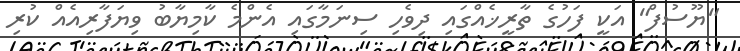
"ޔޫސުފް" އަކީ ފަހުގެ ތާރީޚެއްގައި ދިވެހި ސިނަމާގައި އެންމެ ކާމިޔާބު ވިޔަފާރިއެއް ކުރި